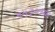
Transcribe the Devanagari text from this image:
१५३०च्या